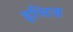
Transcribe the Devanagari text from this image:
इसिज़